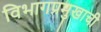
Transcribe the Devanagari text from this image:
विभागप्रमुखाची